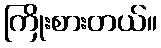
ကြိုးစားတယ်။